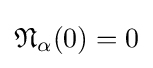
{\mathfrak {N}}_{\alpha }(0)=0